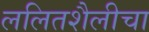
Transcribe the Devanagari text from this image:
ललितशैलीचा